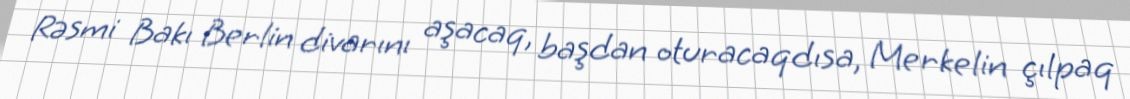
Rəsmi Bakı Berlin divarını aşacaq, başdan oturacaqdısa, Merkelin çılpaq